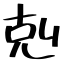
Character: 剋